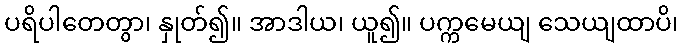
ပရိပါတေတွာ၊ နှုတ်၍။ အာဒါယ၊ ယူ၍။ ပက္ကမေယျ သေယျထာပိ၊